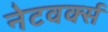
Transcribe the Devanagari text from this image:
नेटवर्क्‍स